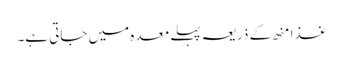
غذا منھ کے ذریعہ پہلے معدہ میں جاتی ہے۔